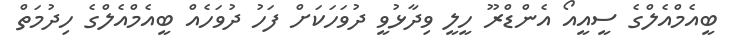
ބީއެމްއެލްގެ ސީއީއޯ އެންޑްރޫ ހީލީ ވިދާޅުވީ ދުވަހަކަށް ފަހު ދުވަހެއް ބީއެމްއެލްގެ ހިދުމަތް